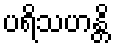
ပရိသဟန္တိ